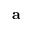
\mathbf { a }